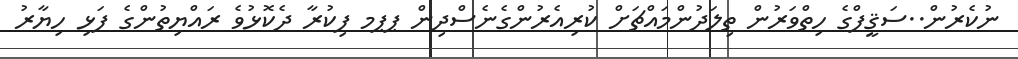
ނުކެރުން..ސަޤީފްގެ ހިތްވަރުން ތިލަދުންމައްޗަށް ކުރިއެރުންގެނެސްދިން ޕޕމ ފިކުރާ ދެކޮޅުވެ ރައްޔިތުންގެ ފަޅި ހިޔާރު